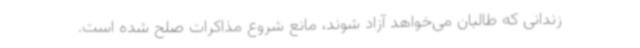
زندانی که طالبان می‌خواهد آزاد شوند، مانع شروع مذاکرات صلح شده است.